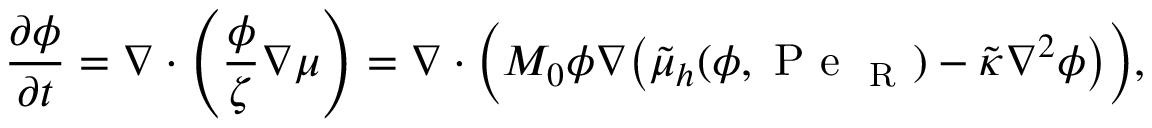
\frac { \partial { \phi } } { \partial { t } } = \nabla \cdot \mathopen { } \mathclose \bgroup \mathopen { } \mathclose \bgroup \mathopen { } \mathclose \bgroup \mathopen { } \mathclose \bgroup \mathopen { } \mathclose \bgroup \mathopen { } \mathclose \bgroup \mathopen { } \mathclose \bgroup \mathopen { } \mathclose \bgroup \mathopen { } \mathclose \bgroup \mathopen { } \mathclose \bgroup \left( \frac { \phi } { \zeta } \nabla \mu \aftergroup \egroup \aftergroup \egroup \aftergroup \egroup \aftergroup \egroup \aftergroup \egroup \aftergroup \egroup \aftergroup \egroup \aftergroup \egroup \aftergroup \egroup \aftergroup \egroup \right) = \nabla \cdot \bigg ( M _ { 0 } \phi \nabla \big ( \tilde { \mu } _ { h } ( \phi , \mathrm { ~ P ~ e ~ } _ { \mathrm { ~ R ~ } } ) - \tilde { \kappa } \nabla ^ { 2 } \phi \big ) \bigg ) ,